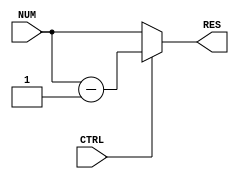
module subtrator8b (
    CTRL, 
    NUM,
    RES
);
//recebe um controle e o multiplicador, retirando 1 e retornando o resultado.
input CTRL;
input [7:0] NUM;
output reg [7:0] RES;

always @(CTRL, NUM)
begin
    if (CTRL == 1'b1)
        RES <= NUM - 1;
    else
        RES <= NUM;
end
    
endmodule